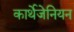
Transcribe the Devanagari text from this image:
कार्थेजेनियन